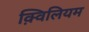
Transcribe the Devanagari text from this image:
क़्विलियम